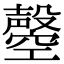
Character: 𣫝